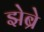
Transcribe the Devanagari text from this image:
झेब्रे